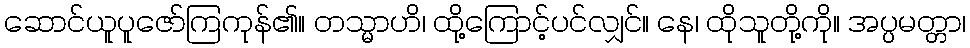
ဆောင်ယူပူဇော်ကြကုန်၏။ တသ္မာဟိ၊ ထို့ကြောင့်ပင်လျှင်။ နေ၊ ထိုသူတို့ကို။ အပ္ပမတ္တာ၊